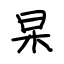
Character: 杲